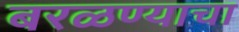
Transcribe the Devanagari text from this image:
बरळण्याचा